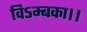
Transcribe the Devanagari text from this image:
विऽम्बका।।